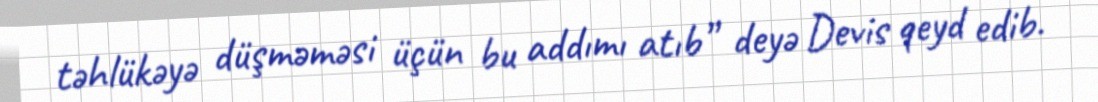
təhlükəyə düşməməsi üçün bu addımı atıb” deyə Devis qeyd edib.